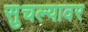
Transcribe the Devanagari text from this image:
सुचल्यावर